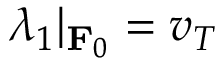
\lambda _ { 1 } | _ { \mathbf { F } _ { 0 } } = v _ { T }